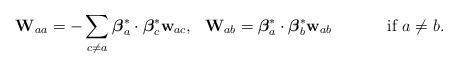
LaTeX: \begin{align*}{\bf W}_{aa}=-\sum_{c\neq a}{\mbox{\boldmath $\beta$}}_a^*\cdot{\mbox{\boldmath $\beta$}}_c^*{\bf w}_{ac},\,\,\,\,{\bf W}_{ab}={\mbox{\boldmath $\beta$}}_a^*\cdot{\mbox{\boldmath $\beta$}}_b^*{\bf w}_{ab}\quad\hbox{\hskip 1cm if $a\neq b$}.\end{align*}